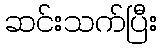
ဆင်းသက်ပြီး